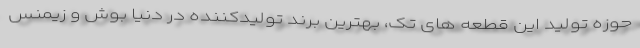
حوزه تولید این قطعه های تک، بهترین برند تولیدکننده در دنیا بوش و زیمنس